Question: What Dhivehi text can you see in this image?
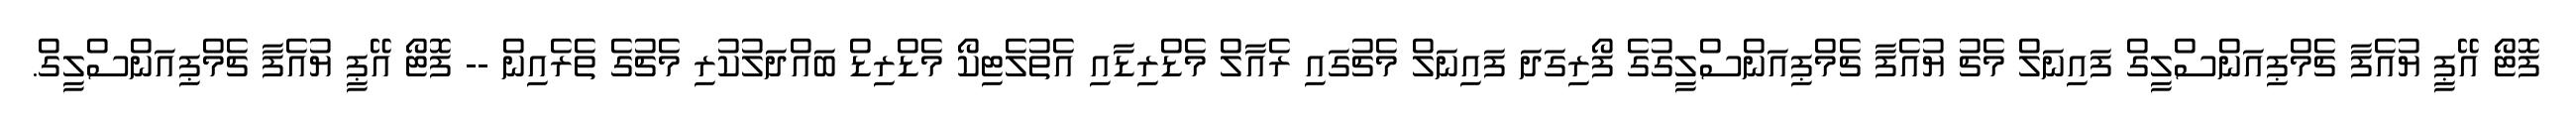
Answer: ފޮޓޯ އޭޕީ ޔުއެފާ ޗެމްޕިއަންސްލީގް ފައިނަލް މެޗު ޔުއެފާ ޗެމްޕިއަންސްލީގުގެ ފޯރިގަދަ ފައިނަލް މެޗުގައި ރެއާލް މެޑްރިޑާއި އެތުލެޓިކޯ މެޑްރިޑް ބައްދަލުކުރި މެޗުގެ ތެރެއިން -- ފޮޓޯ އޭޕީ ޔުއެފާ ޗެމްޕިއަންސްލީގް.